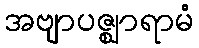
အဗျာပဇ္ဈာရာမံ